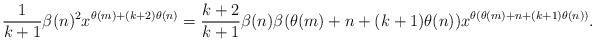
LaTeX: \begin{align*}\frac{1}{k+1}\beta(n)^2x^{\theta(m)+(k+2)\theta(n)}=\frac{k+2}{k+1}\beta(n)\beta(\theta(m)+n+(k+1)\theta(n))x^{\theta(\theta(m)+n+(k+1)\theta(n))}.\end{align*}